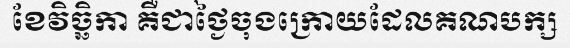
ខែវិច្ឆិកា គឺជាថ្ងៃចុងក្រោយដែលគណបក្ស